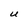
Character: U